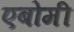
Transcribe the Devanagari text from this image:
एबोमी